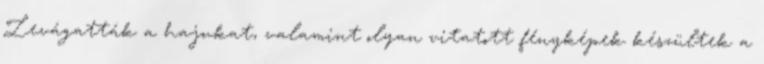
Levágatták a hajukat, valamint olyan vitatott fényképek készültek a